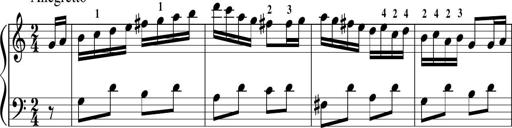
Title: Sonatina in G major
Composer: Friedrich Kuhlau
Key: G major